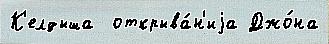
К'елдыша  открыва́н'иjа Джо́на